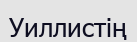
Уиллистің